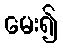
မေး၍